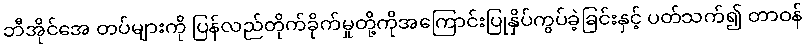
ဘီအိုင်အေ တပ်များကို ပြန်လည်တိုက်ခိုက်မှုတို့ကိုအကြောင်းပြုနှိပ်ကွပ်ခဲ့ခြင်းနှင့် ပတ်သက်၍ တာဝန်